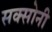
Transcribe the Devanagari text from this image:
सक्सोनी